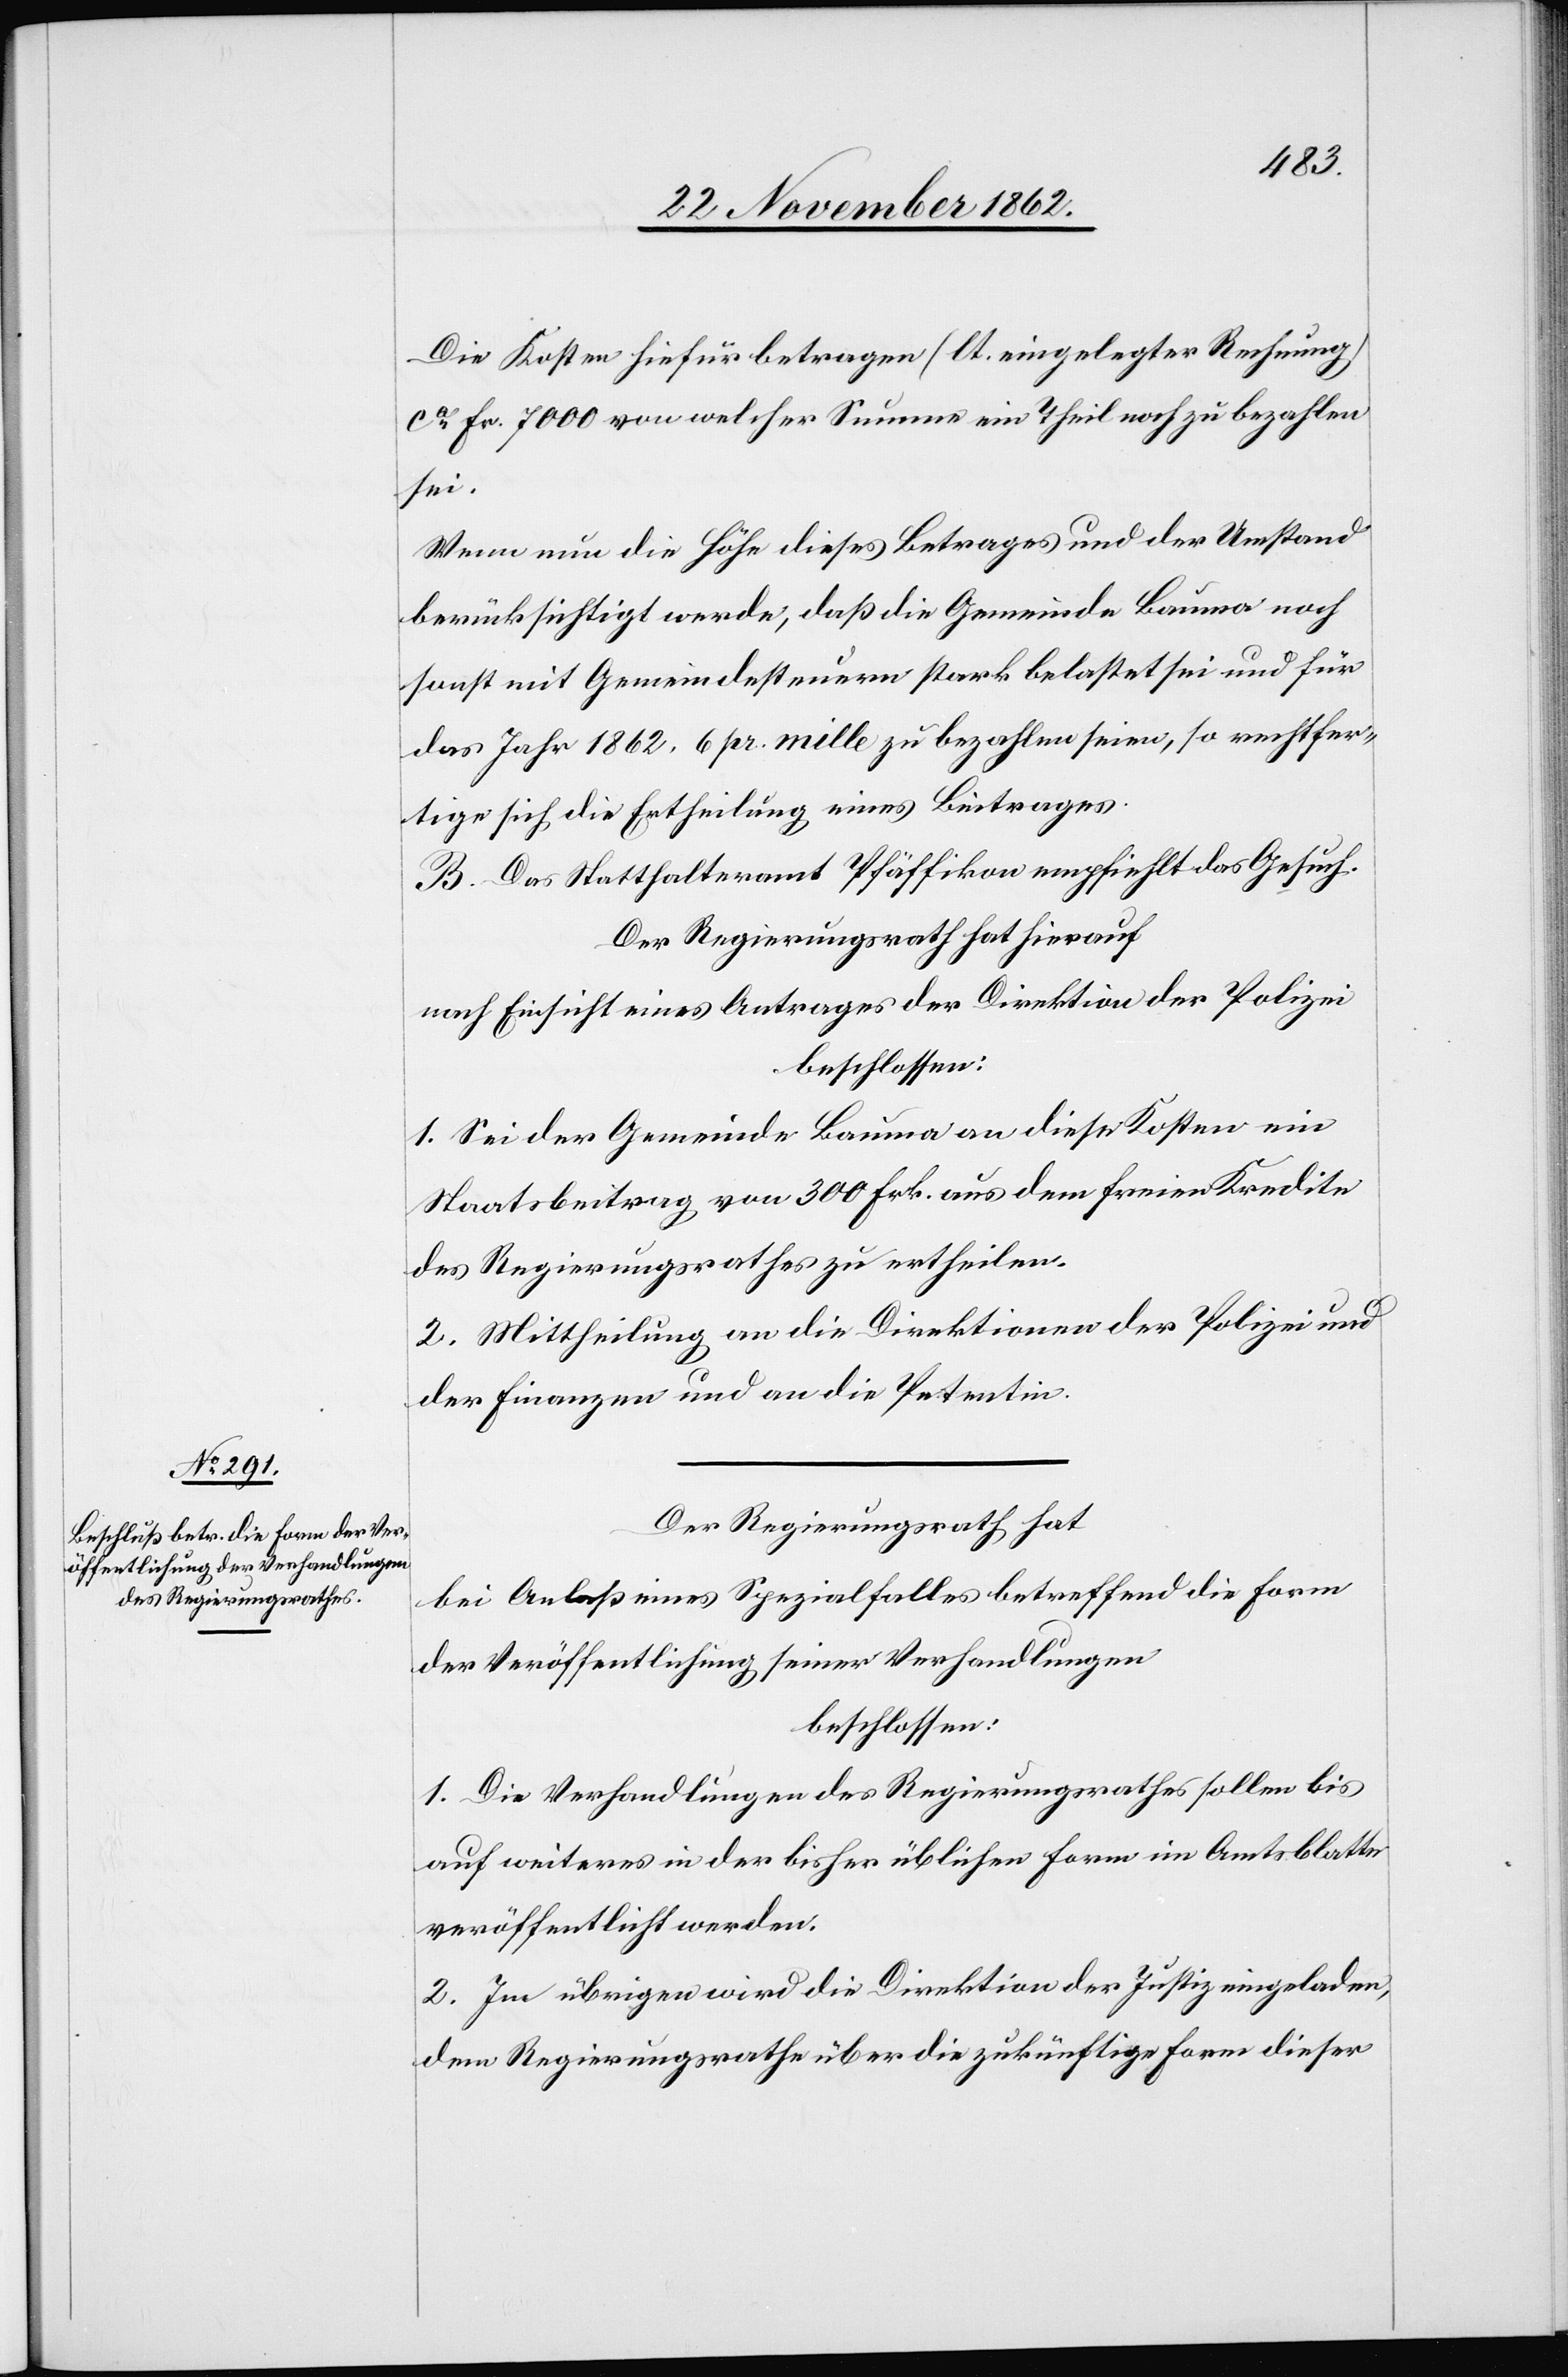
Die Kosten hiefür betragen (lt. eingelegter Rechnung)
ca Fr. 7000 von welcher Summe ein Theil noch zu bezahlen
sei.
Wenn nun die Höhe dieses Betrages und der Umstand
berücksichtigt werde, daß die Gemeinde Bauma noch
sonst mit Gemeindesteuern stark belastet sei und für
das Jahr 1862 6 pr. mille zu bezahlen seien, so rechtfer¬
tige sich die Ertheilung eines Beitrages.
B. Das Statthalteramt Pfäffikon empfiehlt das Gesuch.
Der Regierungsrath hat hierauf
nach Einsicht eines Antrages der Direktion der Polizei
beschlossen:
1. Sei der Gemeinde Bauma an diese Kosten ein
Staatsbeitrag von 300 Frk. aus dem freien Kredite
des Regierungsrathes zu ertheilen.
2. Mittheilung an die Direktionen der Polizei und
der Finanzen und an die Petentin.
Der Regierungsrath hat
bei Anlaß eines Spezialfalles betreffend die Form
der Veröffentlichung seiner Verhandlungen
beschlossen:
1. Die Verhandlungen des Regierungsrathes sollen bis
auf weiteres in der bisher üblichen Form im Amtsblatte
veröffentlicht werden.
2. Im übrigen wird die Direktion der Justiz eingeladen,
dem Regierungsrathe über die zukünftige Form dieser